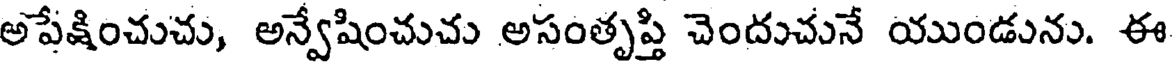
అపేక్షించుచు, అన్వేషించుచు అసంతృప్తి చెందుచునే యుండును. ఈ